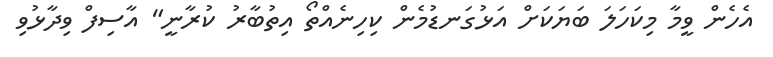
އެހެން ވީމާ މިކަހަލަ ބަޔަކަށް އަޅުގަނޑުމެން ކިހިނެއްތޯ އިތުބާރު ކުރާނީ" އާސިފް ވިދާޅުވި